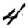
Digit: 4